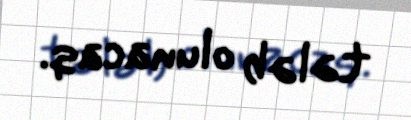
tələb olunacaq.